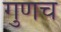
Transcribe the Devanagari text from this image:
गुणच